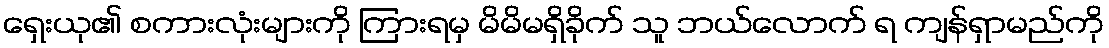
ရှေးယု၏ စကားလုံးများကို ကြားရမှ မိမိမရှိခိုက် သူ ဘယ်လောက် ရ ကျန်ရှာမည်ကို